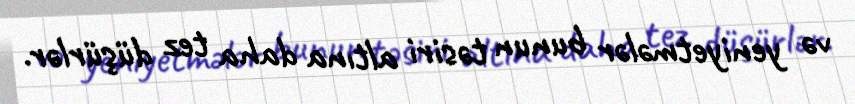
və yeniyetmələr bunun təsiri altına daha tez düşürlər.